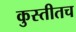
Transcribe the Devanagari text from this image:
कुस्तीतच